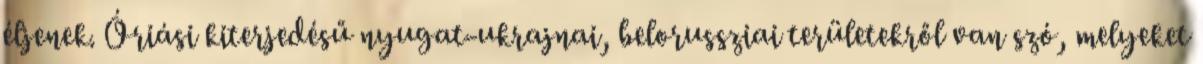
éljenek. Óriási kiterjedésű nyugat-ukrajnai, belorussziai területekről van szó, melyeket